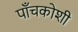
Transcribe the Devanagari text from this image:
पाँचकोशी